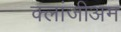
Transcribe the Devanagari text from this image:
क्लांजीअम